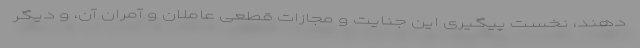
دهند، نخست پیگیری این جنایت و مجازات قطعی عاملان و آمران آن، و دیگر